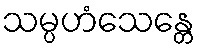
သမ္ပဟံသေန္တေ